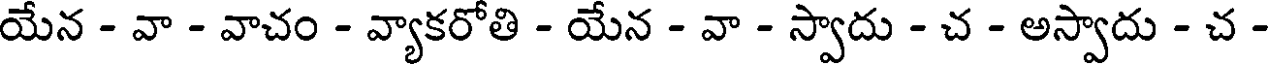
యేన - వా - వాచం - వ్యాకరోతి - యేన - వా - స్వాదు - చ - అస్వాదు - చ -